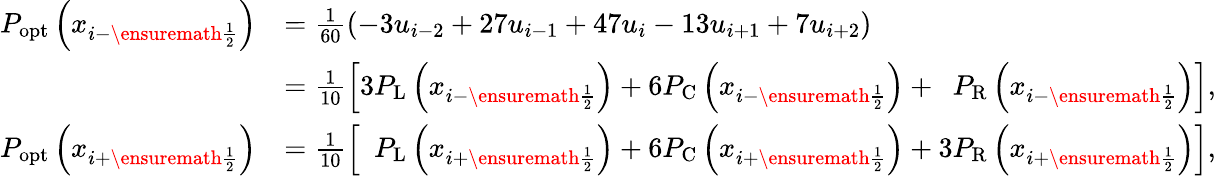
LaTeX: \begin{array}{rl}{P_{\mathrm{opt}}\left(x_{i-\ensuremath{{\frac{1}{2}}}}\right)}&{=\frac{1}{60}(-3u_{i-2}+27u_{i-1}+47u_{i}-13u_{i+1}+7u_{i+2})}\\ &{=\frac{1}{10}\left[3P_{\mathrm{L}}\left(x_{i-\ensuremath{{\frac{1}{2}}}}\right)+6P_{\mathrm{C}}\left(x_{i-\ensuremath{{\frac{1}{2}}}}\right)+\phantom{1}P_{\mathrm{R}}\left(x_{i-\ensuremath{{\frac{1}{2}}}}\right)\right],}\\ {P_{\mathrm{opt}}\left(x_{i+\ensuremath{{\frac{1}{2}}}}\right)}&{=\frac{1}{10}\left[\phantom{1}P_{\mathrm{L}}\left(x_{i+\ensuremath{{\frac{1}{2}}}}\right)+6P_{\mathrm{C}}\left(x_{i+\ensuremath{{\frac{1}{2}}}}\right)+3P_{\mathrm{R}}\left(x_{i+\ensuremath{{\frac{1}{2}}}}\right)\right],}\end{array}